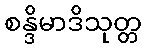
စန္ဒိမာဒိသုတ္တ